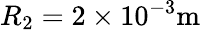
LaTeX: R_{2}=2\times 10^{-3}\mathrm{m}